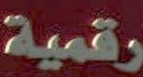
رقمية